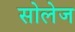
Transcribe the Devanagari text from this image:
सोलेज